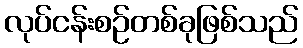
လုပ်ငန်းစဉ်တစ်ခုဖြစ်သည်